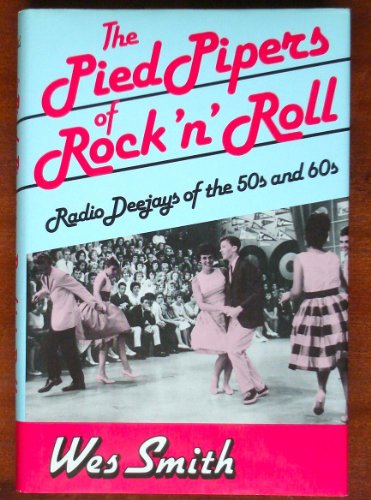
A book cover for The Pied Pipers of Rock 'N' Roll: Radio Deejays of the 50s and 60s; Wes Smith; Humor & Entertainment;